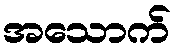
အသောက်